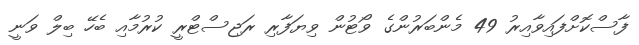
ފާސްކޮށްފައިވާއިރު 49 މެންބަރުންގެ ވޯޓުން ވިޔަފާރި ރަޖިސްޓްރީ ކުރުމާއި ބެހޭ ބިލް ވަނީ